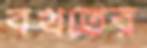
বখতের